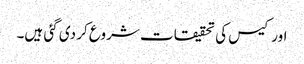
اور کیس کی تحقیقات شروع کر دی گئی ہیں۔